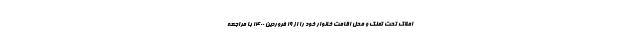
املاک تحت تملک و محل اقامت خانوار خود را از ۱۹ فروردین ۱۴۰۰ با مراجعه